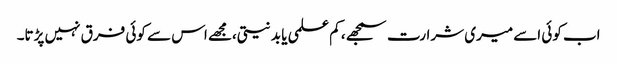
اب کوئی اسے میری شرارت سمجھے، کم علمی یا بد نیتی،مجھے اس سے کوئی فرق نہیں پڑتا۔